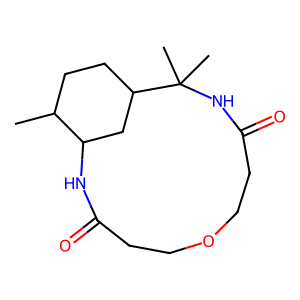
SMILES: CC1CCC2CC1NC(=O)CCOCCC(=O)NC2(C)C
Inhibits HIV replication: No